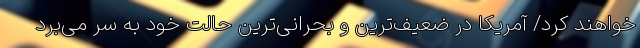
خواهند کرد/ آمریکا در ضعیف‌ترین و بحرانی‌ترین حالت خود به سر می‌برد